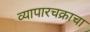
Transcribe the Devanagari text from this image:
व्यापारचक्राचा